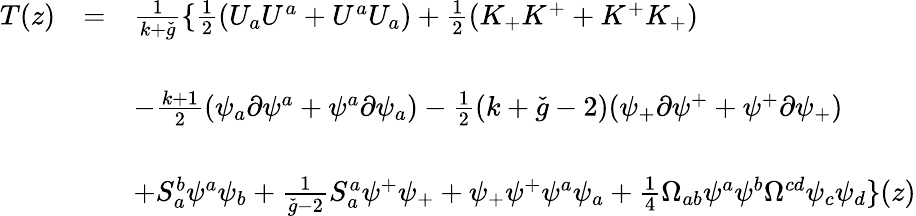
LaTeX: \begin{array}{lll}{{T(z)}}&{{=}}&{{\frac{1}{k+\check{g}}\{ \frac{1}{2}(U_{a}U^{a}+U^{a}U_{a})+\frac{1}{2}(K_{+}K^{+}+K^{+}K_{+})}}\\ {{}}&{{}}&{{}}\\ {{}}&{{}}&{{-\frac{k+1}{2}(\psi_{a}\partial\psi^{a}+\psi^{a}\partial\psi_{a})-\frac{1}{2}(k+\check{g}-2)(\psi_{+}\partial\psi^{+}+\psi^{+}\partial\psi_{+})}}\\ {{}}&{{}}&{{}}\\ {{}}&{{}}&{{+S_{a}^{b}\psi^{a}\psi_{b}+\frac{1}{\check{g}-2}S_{a}^{a}\psi^{+}\psi_{+}+\psi_{+}\psi^{+}\psi^{a}\psi_{a}+\frac{1}{4}\Omega_{ab}\psi^{a}\psi^{b}\Omega^{cd}\psi_{c}\psi_{d}\} (z)}}\end{array}